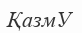
ҚазмУ